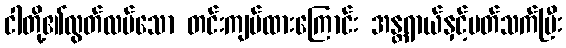
ငါတို့၏လွတ်လပ်သော တင်းကျပ်ထားကြောင်း အန္တရာယ်နှင့်ပတ်သက်ပြီး